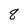
Character: 8